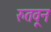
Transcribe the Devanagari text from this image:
रुतवून